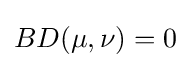
BD(\mu ,\nu )=0